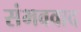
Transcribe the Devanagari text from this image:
संभववाद